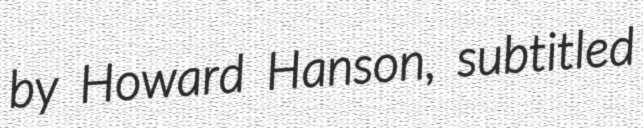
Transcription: by Howard Hanson, subtitled